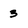
Character: 3